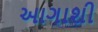
આગાશી